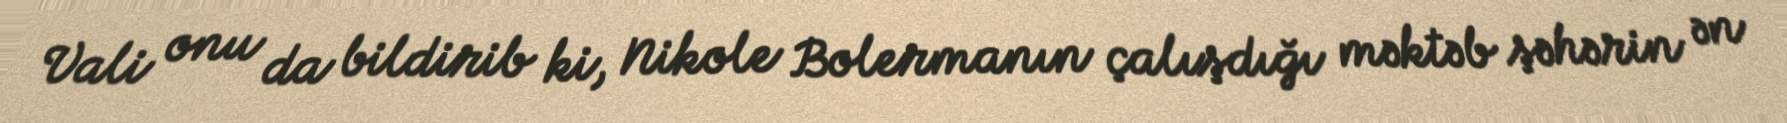
Vali onu da bildirib ki, Nikole Bolermanın çalışdığı məktəb şəhərin ən